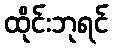
ထိုင်းဘုရင်